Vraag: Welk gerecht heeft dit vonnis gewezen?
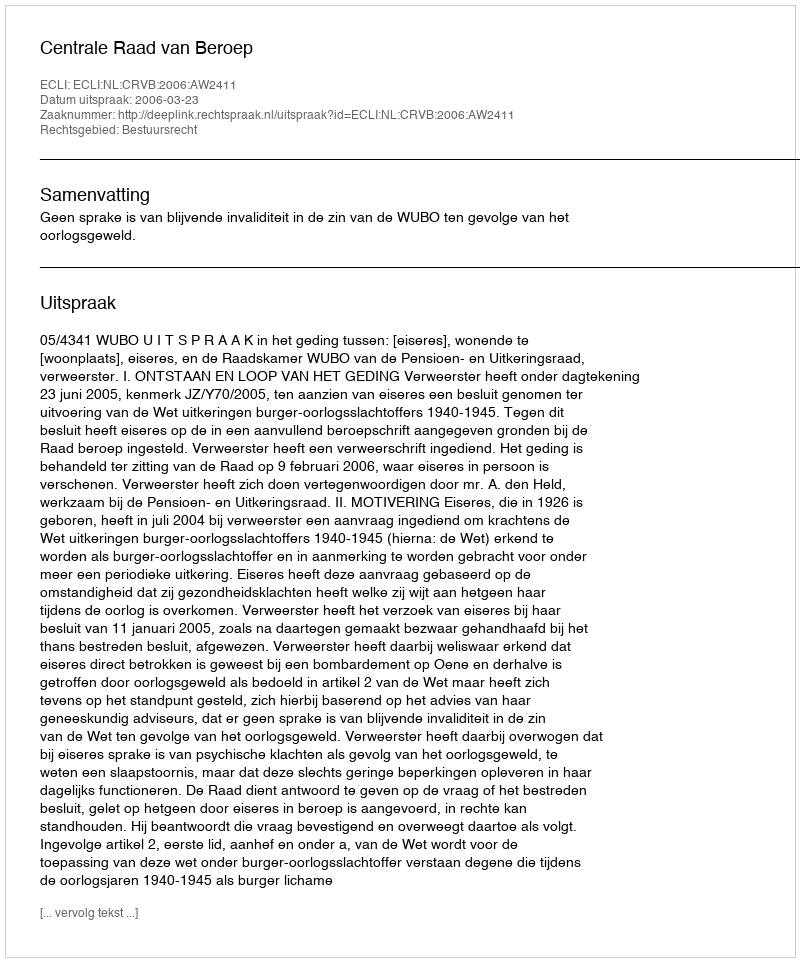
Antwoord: Centrale Raad van Beroep